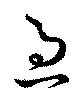
過